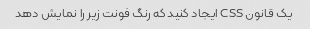
یک قانون CSS ایجاد کنید که رنگ فونت زیر را نمایش دهد